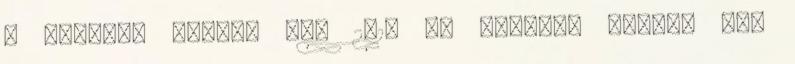
- Európai Nyelvi Díj 2015 Az Európai Nyelvi Díj